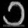
Digit: ၁